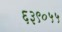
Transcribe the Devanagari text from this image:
६३९०५५